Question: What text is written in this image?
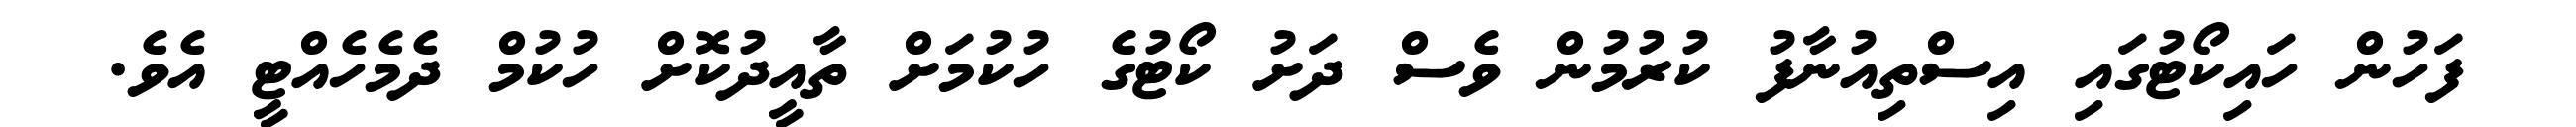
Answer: ފަހުން ހައިކޯޓުގައި އިސްތިއުނާފު ކުރުމުން ވެސް ދަށު ކޯޓުގެ ހުކުމަށް ތާއީދުކޮށް ހުކުމް ދެމެހެއްޓީ އެވެ.